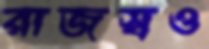
রাজস্বও